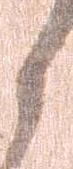
候